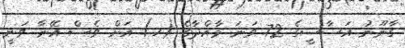
ގާނޫނު އަސާސީގެ 72 ވަނަ މާއްދާގެ (ހ) އަށް ވެސް އޭނާ ވަނީ